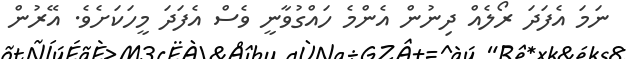
ނަމަ އެފަދަ ރޯލެއް ދިނުން އެންމެ ހައްގުވާނީ ވެސް އެފަދަ މީހަކަށެވެ. އޭރުން